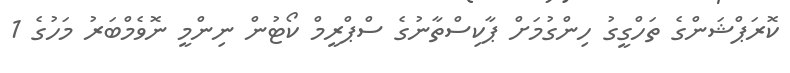
ކޮރަޕްޝަންގެ ތަހްގީގު ހިންގުމަށް ޕާކިސްތާނުގެ ސްޕްރީމް ކޯޓުން ނިންމީ ނޮވެމްބަރު މަހުގެ 1